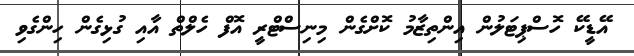
އޭޑީކޭ ހޮސްޕިޓަލުން އިންތިޒާމު ކޮށްގެން މިނިސްޓްރީ އޮފް ހެލްތް އާއި ގުޅިގެން ހިންގެވި